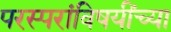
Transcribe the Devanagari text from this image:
परस्परांविषयींच्या